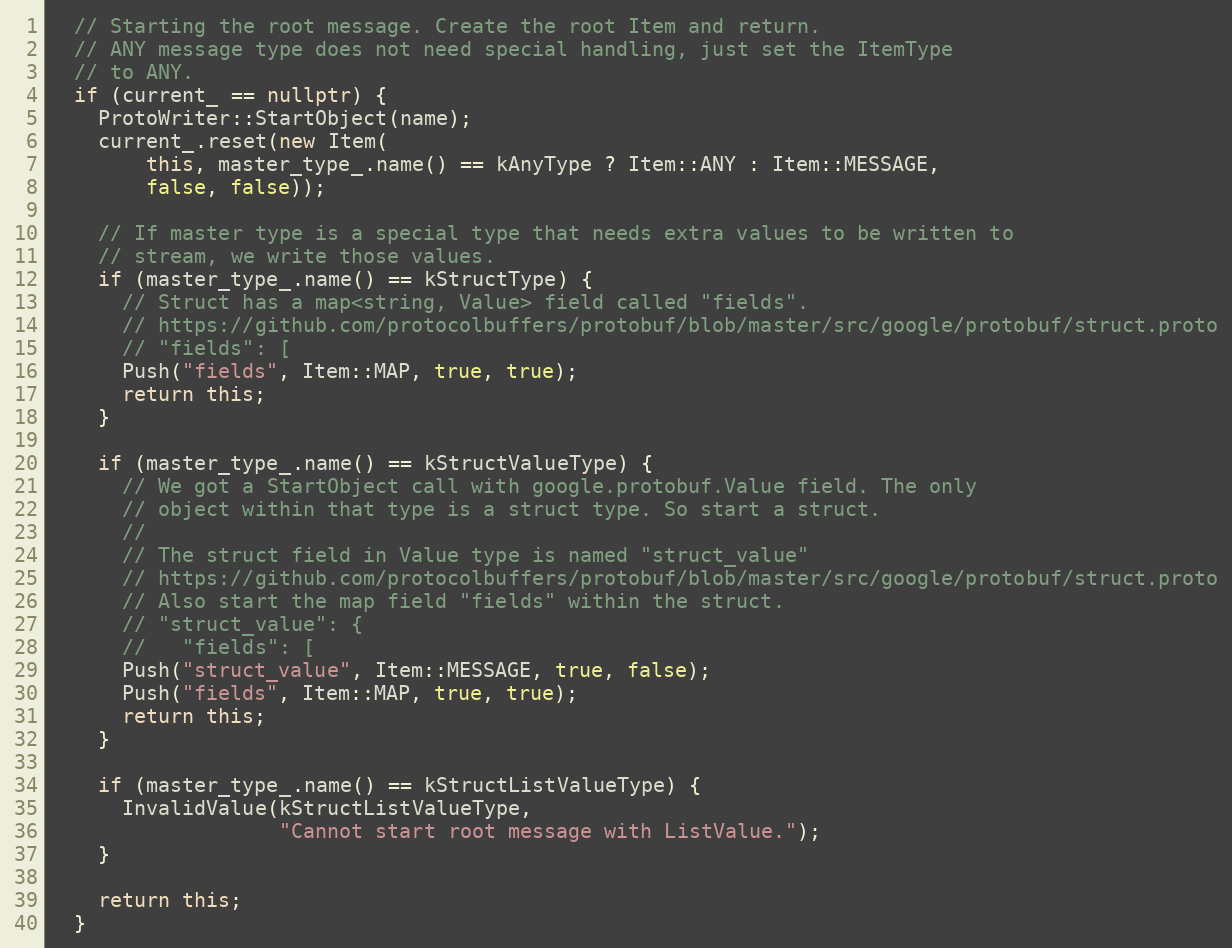
Language: C++
  // Starting the root message. Create the root Item and return.
  // ANY message type does not need special handling, just set the ItemType
  // to ANY.
  if (current_ == nullptr) {
    ProtoWriter::StartObject(name);
    current_.reset(new Item(
        this, master_type_.name() == kAnyType ? Item::ANY : Item::MESSAGE,
        false, false));

    // If master type is a special type that needs extra values to be written to
    // stream, we write those values.
    if (master_type_.name() == kStructType) {
      // Struct has a map<string, Value> field called "fields".
      // https://github.com/protocolbuffers/protobuf/blob/master/src/google/protobuf/struct.proto
      // "fields": [
      Push("fields", Item::MAP, true, true);
      return this;
    }

    if (master_type_.name() == kStructValueType) {
      // We got a StartObject call with google.protobuf.Value field. The only
      // object within that type is a struct type. So start a struct.
      //
      // The struct field in Value type is named "struct_value"
      // https://github.com/protocolbuffers/protobuf/blob/master/src/google/protobuf/struct.proto
      // Also start the map field "fields" within the struct.
      // "struct_value": {
      //   "fields": [
      Push("struct_value", Item::MESSAGE, true, false);
      Push("fields", Item::MAP, true, true);
      return this;
    }

    if (master_type_.name() == kStructListValueType) {
      InvalidValue(kStructListValueType,
                   "Cannot start root message with ListValue.");
    }

    return this;
  }